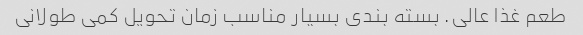
طعم غذا عالی. بسته بندی بسیار مناسب زمان تحویل کمی طولانی